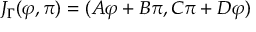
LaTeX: J _ { \Gamma } ( \varphi , \pi ) = ( A \varphi + B \pi , C \pi + D \varphi )